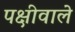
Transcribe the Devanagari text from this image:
पक्षीवाले